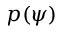
p ( \psi )